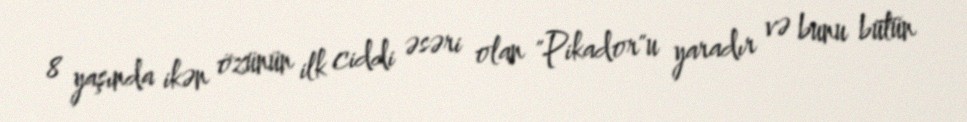
8 yaşında ikən özünün ilk ciddi əsəri olan "Pikador"u yaradır və bunu bütün